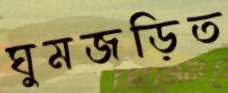
ঘুমজড়িত